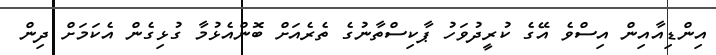
އިންޑިއާއިން އިސްވެ އޭގެ ކުރީދުވަހު ޕާކިސްތާނުގެ ތެރެއަށް ބޮންއެޅުމާ ގުޅިގެން އެކަމަށް ދިން